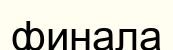
финала